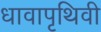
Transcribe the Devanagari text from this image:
धावापृथिवी